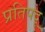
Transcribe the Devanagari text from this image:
प्रतिपदू